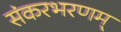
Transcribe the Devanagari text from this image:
संकरभरणम्